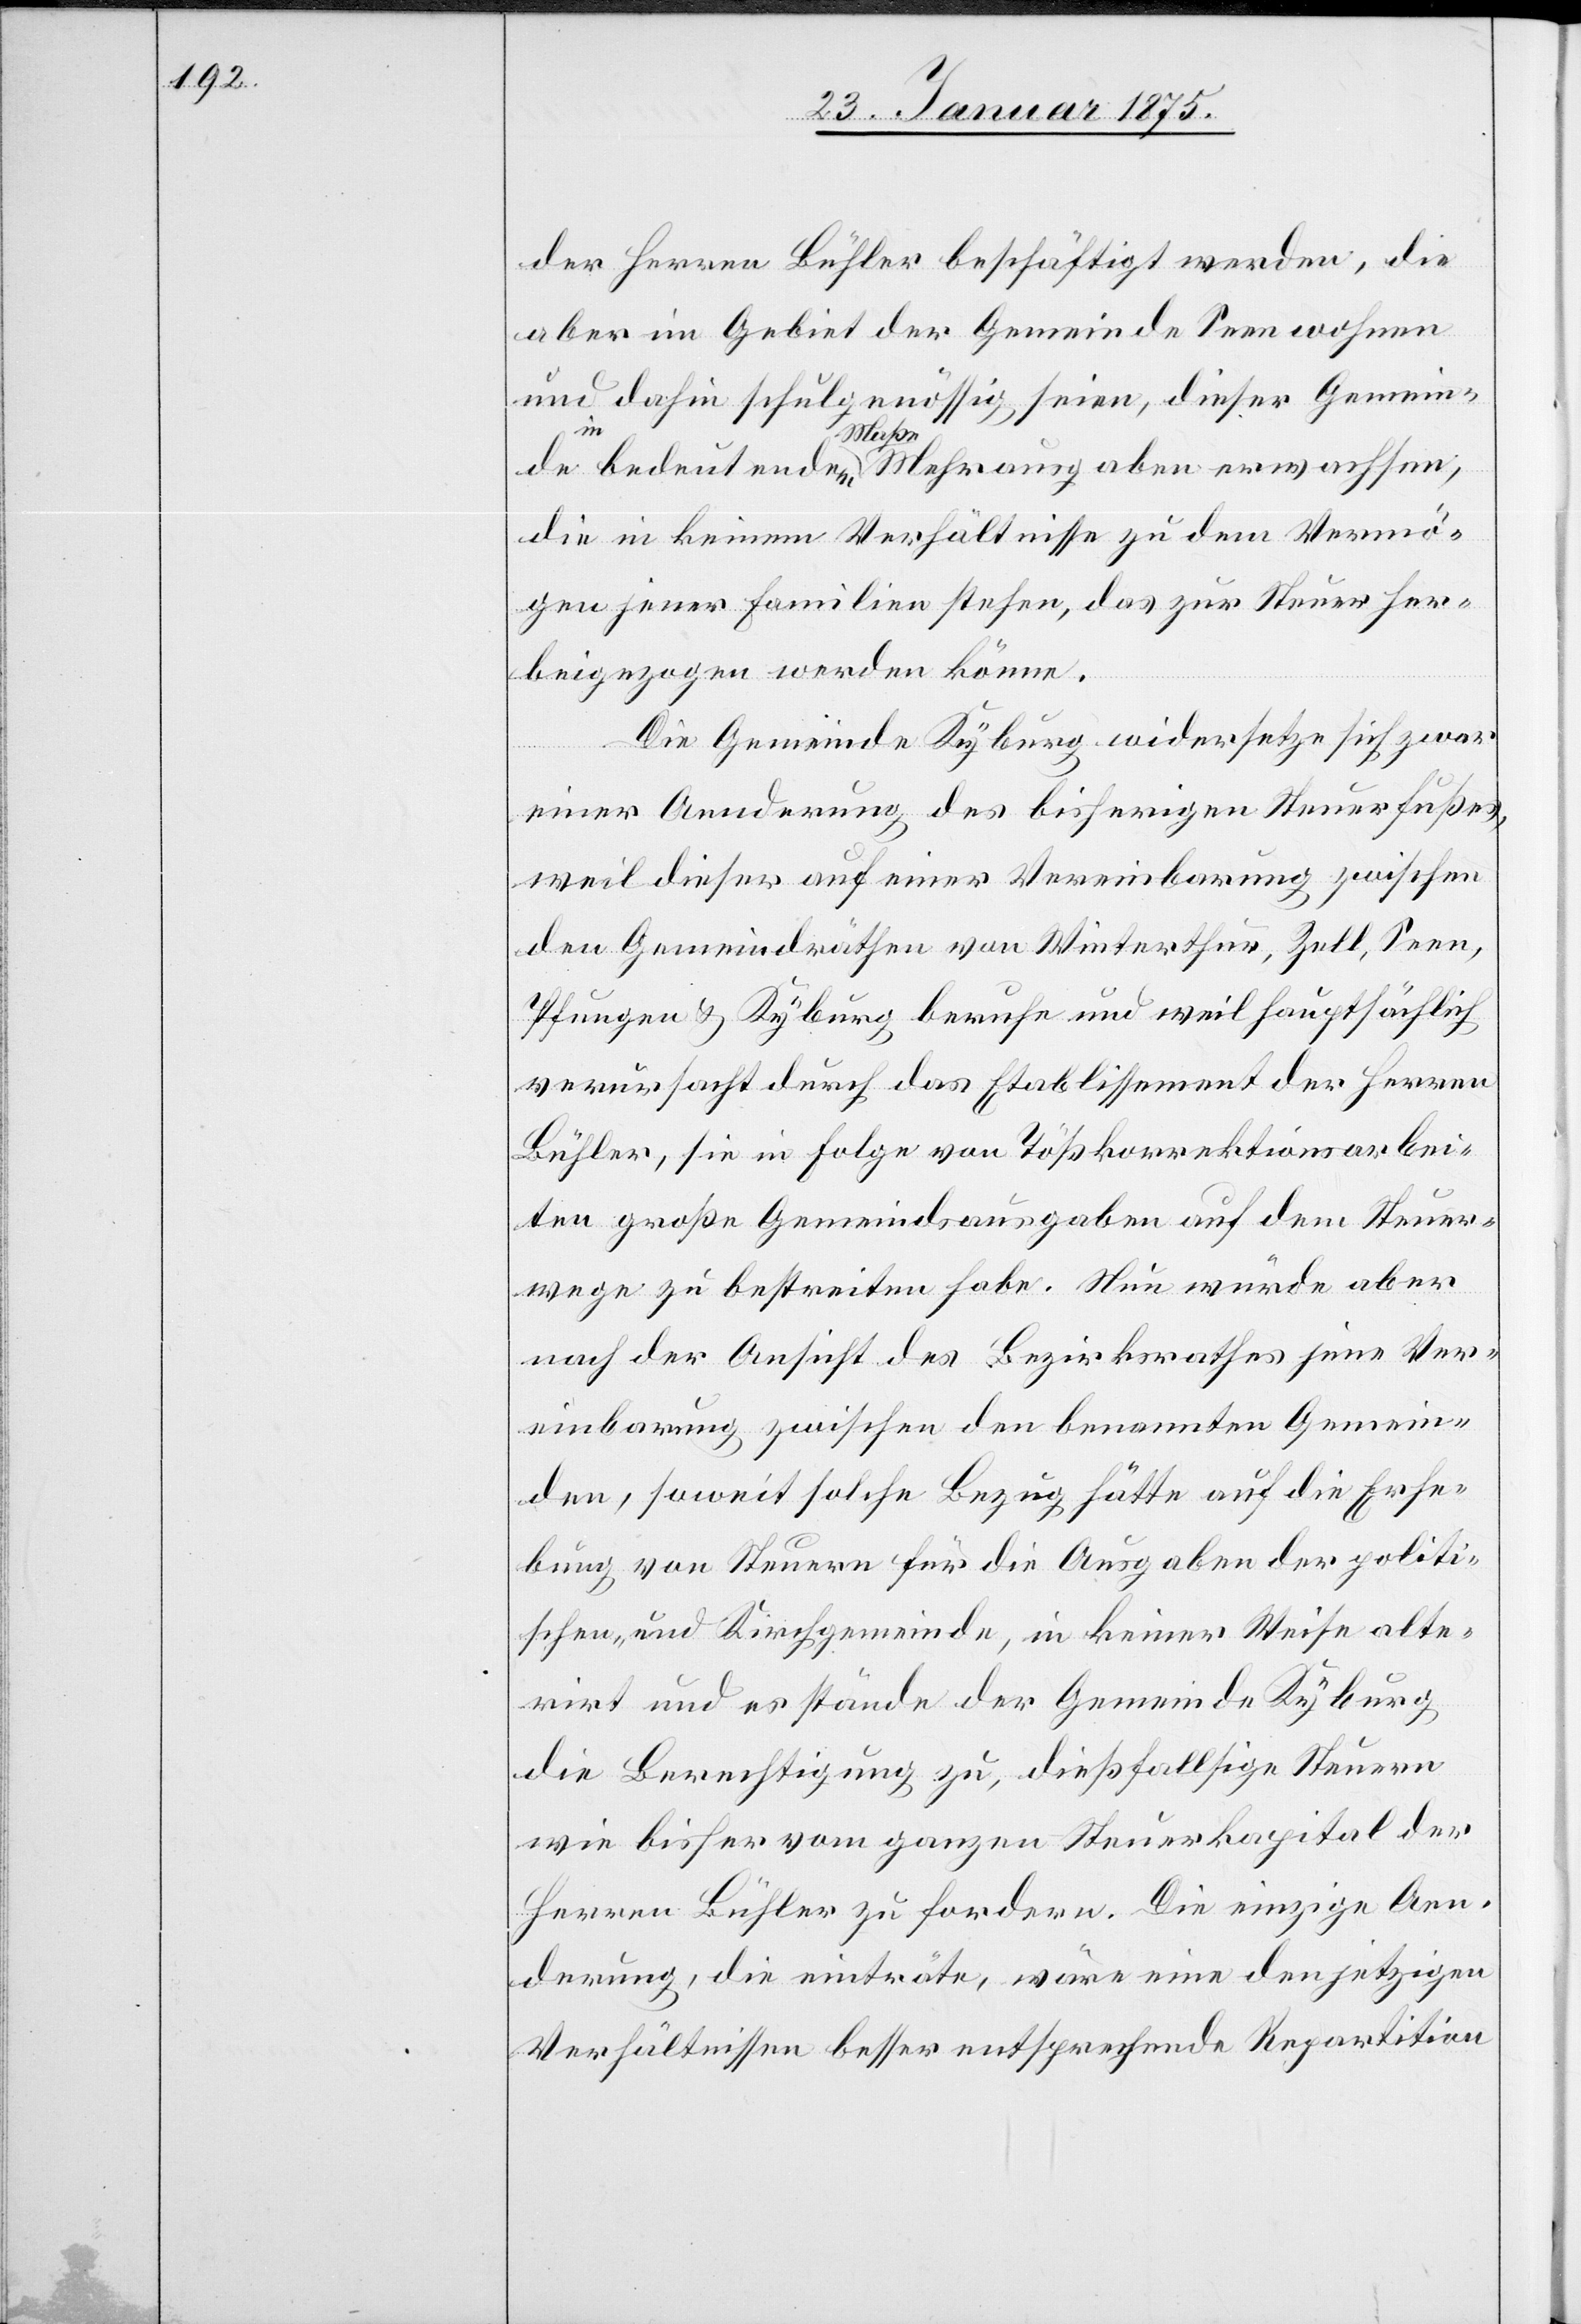
der Herren Bühler beschäftigt werden, die
aber im Gebiet der Gemeinde Seen wohnen
und dahin schulgenössig seien, dieser Gemeinde
erwachsen,
die in keinem Verhältnisse zu dem Vermö¬
gen jener Familien stehen, das zur Steuer her¬
beigezogen werden könne.
Die Gemeinde Kyburg widersetze sich zwar
einer Aenderung des bisherigen Steuerfußes,
weil dieser auf einer Vereinbarung zwischen
den Gemeindräthen von Winterthur, Zell, Seen,
Pfungen & Kyburg beruhe und weil hauptsächlich
verursacht durch das Etablissement der Herren
Bühler, sie in Folge von Tößkorrektionsarbei¬
ten große Gemeindsausgaben auf dem Steuer¬
wege zu bestreiten habe. Nun würde aber
nach der Ansicht des Bezirksrathes jene Ver¬
einbarung zwischen den benannten Gemein¬
den, soweit solche Bezug hätte auf die Erhe¬
bung von Steuern für die Ausgaben der politi¬
schen- und Kirchgemeinde, in keiner Weise alte¬
rirt und es stände der Gemeinde Kyburg
die Berechtigung zu, dießfallsige Steuern
wie bisher vom ganzen Steuerkapital der
Herren Bühler zu fordern. Die einzige Aen¬
derung, die einträte, wäre eine den jetzigen
Verhältnissen besser entsprechende Repartition